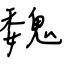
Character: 魏